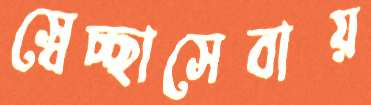
স্বেচ্ছাসেবায়